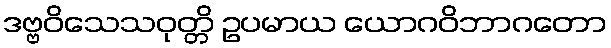
ဒဗ္ဗဝိသေသဝုတ္တိ ဥပမာယ ယောဂဝိဘာဂတော